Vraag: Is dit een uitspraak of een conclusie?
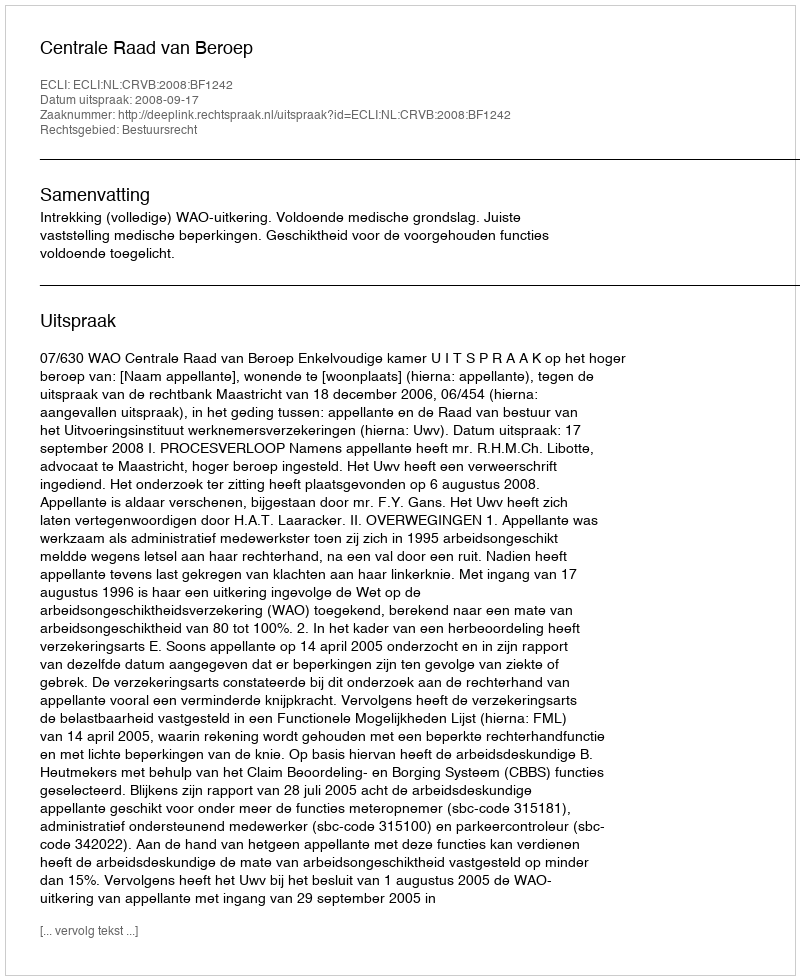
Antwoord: Uitspraak